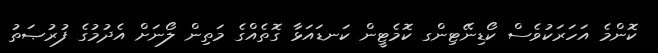
ކޮންމެ އަހަރަކުވެސް ކޯޑިނޭޓިންގ ކޮމެޓީން ކަނޑައަޅާ ގޮތެއްގެ މަތިން ލޯނަށް އެދުމުގެ ފުރުޞަތު